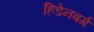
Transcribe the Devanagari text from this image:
हिडेनबर्ग